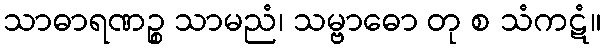
သာဓာရဏဉ္စ သာမညံ၊ သမ္ဗာဓော တု စ သံကဋံ။